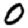
Digit: 0